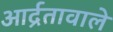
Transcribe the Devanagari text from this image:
आर्द्रतावाले